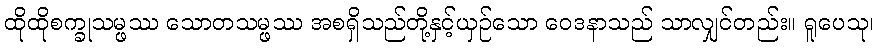
ထိုထိုစက္ခုသမ္ဖဿ သောတသမ္ဖဿ အစရှိသည်တို့နှင့်ယှဉ်သော ဝေဒနာသည် သာလျှင်တည်း။ ရူပေသု၊